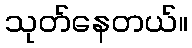
သုတ်နေတယ်။